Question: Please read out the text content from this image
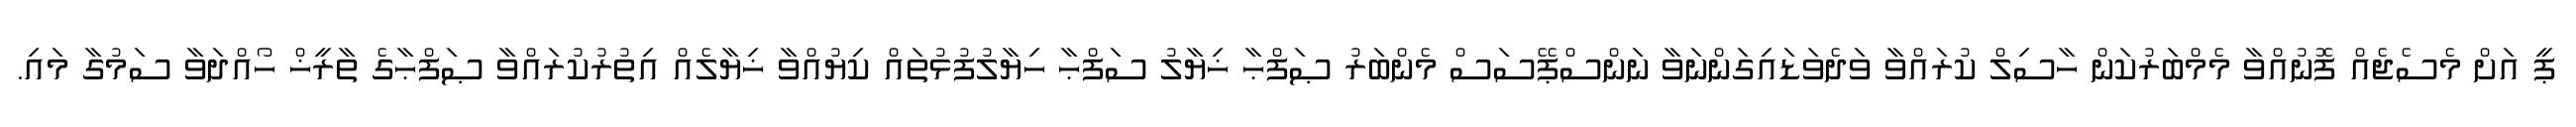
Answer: ޕީ އަށް މެސެޖެއް ފޮނުއްވާ މެމްބަރުކަން ހާސިލް ކުރައްވާ ވަދެވަޑައިގަންނަވާ ނަންސްޕޭސަސް މެންބަރު ޞަފްޙާ ޚިޔާލު ސަފްޙާ ހިޔާލުފުޅުތައް ކިޔުއްވާ ޚިޔާލެއް އިތުރުކުރައްވާ ޞަފްޙާގެ ތާރީޚް ހޯއްދަވާ ސަމުގާ މައި.